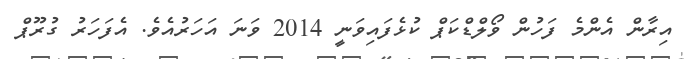
އިރާން އެންމެ ފަހުން ވޯލްޑްކަޕް ކުޅެފައިވަނީ 2014 ވަނަ އަހަރުއެވެ. އެފަހަރު ގުރޫޕް